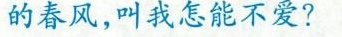
的春风，叫我怎能不爱?